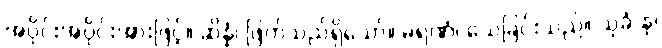
အပိုင်းအပိုင်းအားဖြင့်။ ဆိန္နံ၊ ဖြတ်သည်ရှိသော်။ မရဏံ၊ သေခြင်းသည်။ သုခံ နု၊